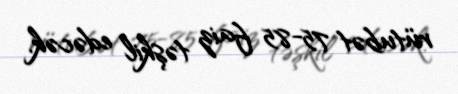
rütubət 75-85 faiz təşkil edəcək.